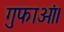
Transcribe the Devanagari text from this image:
गुफाओं।